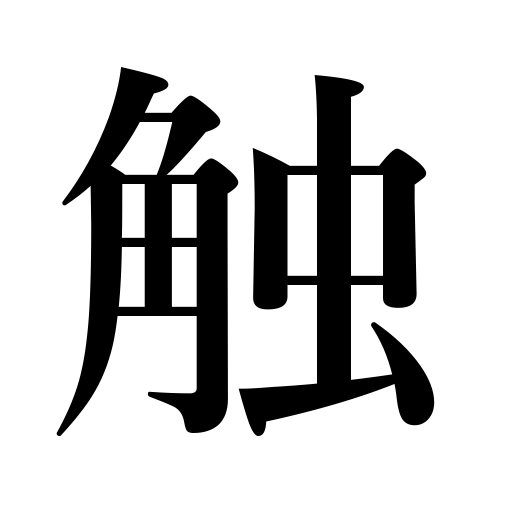
Meanings: hit,graze,touch,announce,mention,be contrary to,feel,strike,conflict with,touching,proclaim,refer to